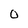
Character: 0